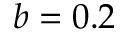
b = 0 . 2